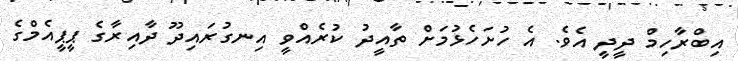
އިބްރާހިމް ދީދީ އެވެ. އެ ހުށަހެޅުމަށް ތާއީދު ކުރެއްވީ އިނގުރައިދޫ ދާއިރާގެ ޕީޕީއެމްގެ